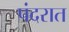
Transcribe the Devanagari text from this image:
पंदरात